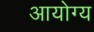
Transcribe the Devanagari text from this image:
आयोग्य